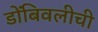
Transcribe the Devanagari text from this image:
डोंबिवलीची